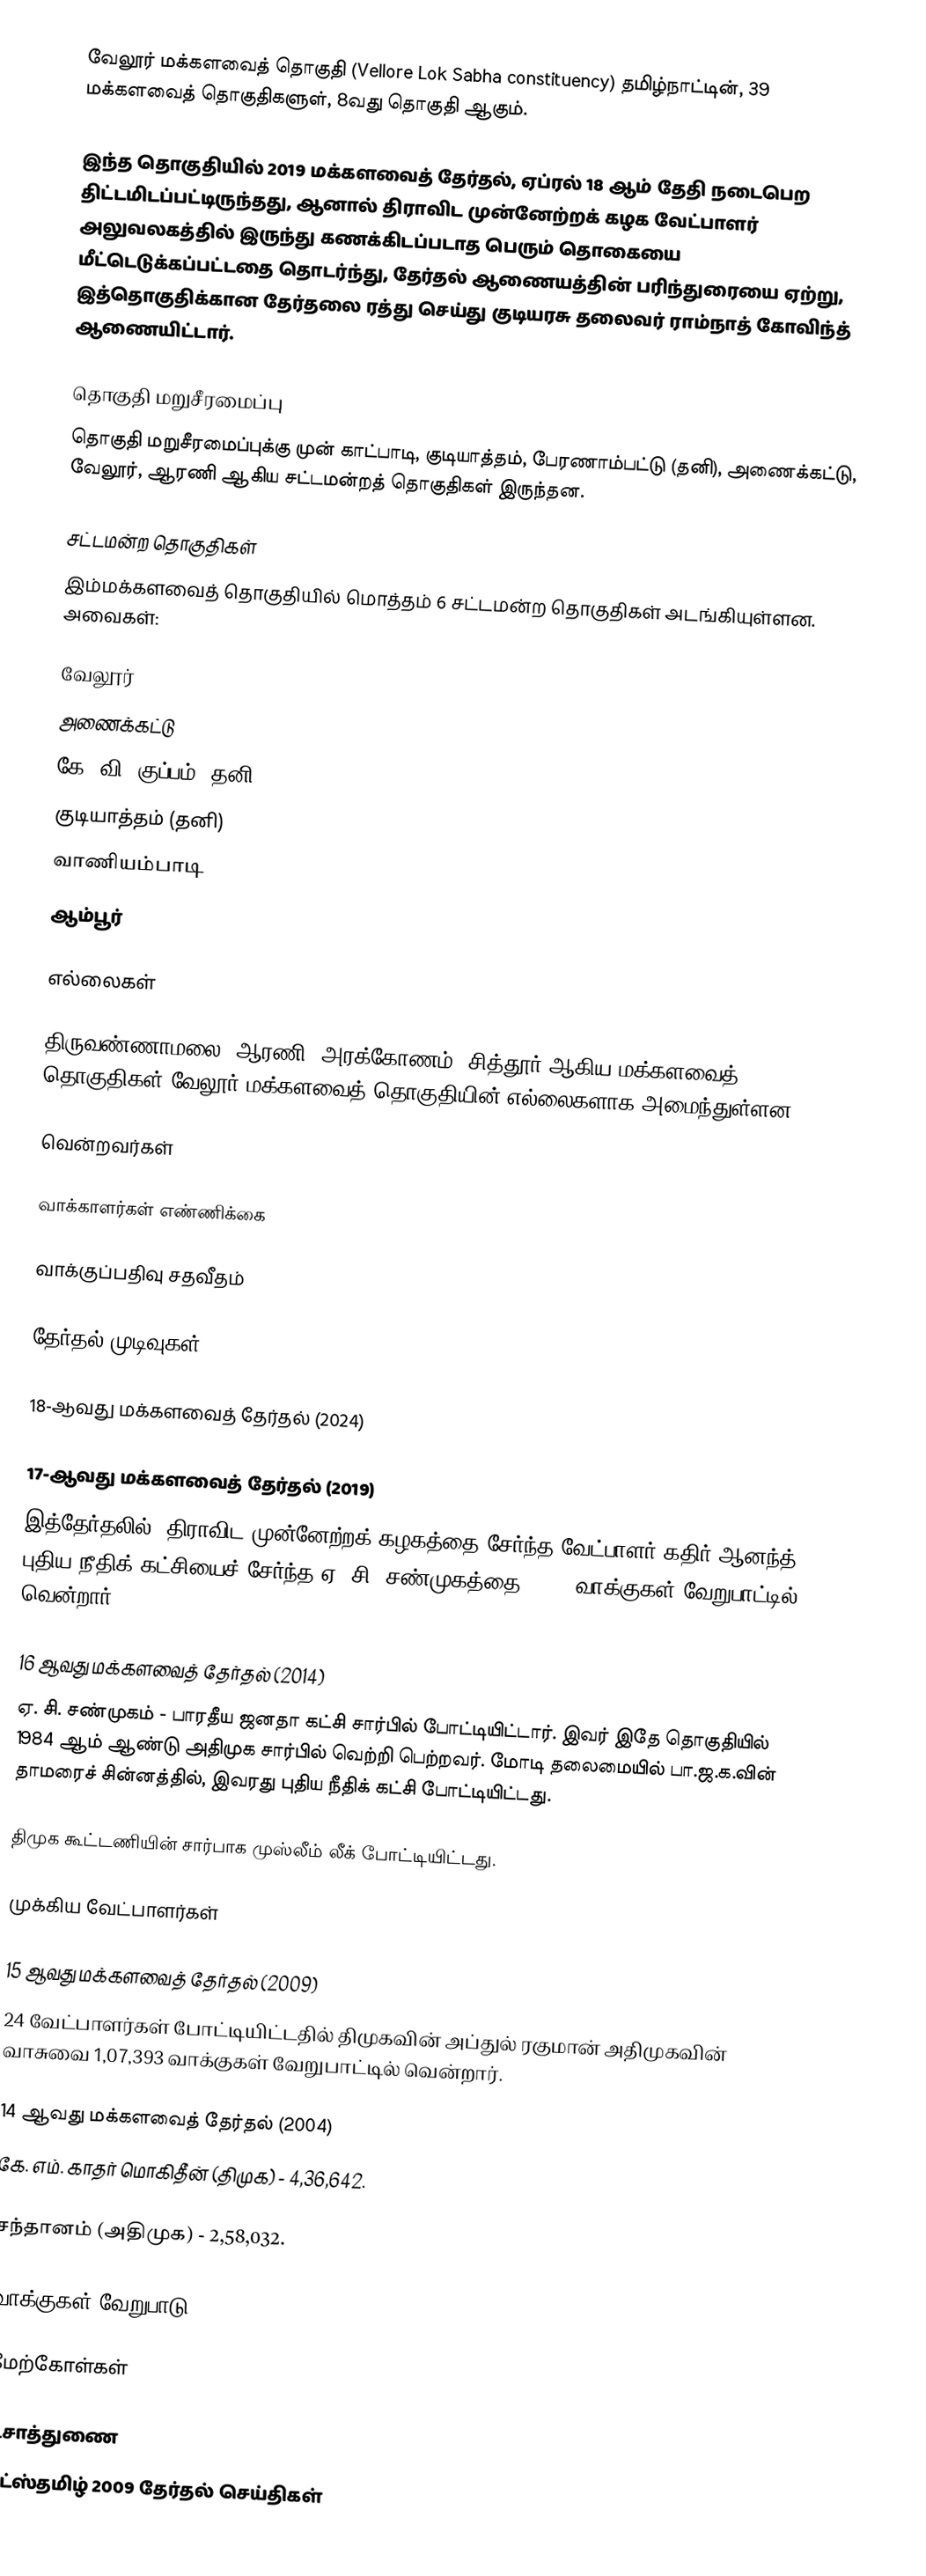
வேலூர் மக்களவைத் தொகுதி (Vellore Lok Sabha constituency) தமிழ்நாட்டின், 39 மக்களவைத் தொகுதிகளுள், 8வது தொகுதி ஆகும்.

இந்த தொகுதியில் 2019 மக்களவைத் தேர்தல், ஏப்ரல் 18 ஆம் தேதி நடைபெற திட்டமிடப்பட்டிருந்தது, ஆனால் திராவிட முன்னேற்றக் கழக வேட்பாளர் அலுவலகத்தில் இருந்து கணக்கிடப்படாத பெரும் தொகையை மீட்டெடுக்கப்பட்டதை தொடர்ந்து, தேர்தல் ஆணையத்தின் பரிந்துரையை ஏற்று, இத்தொகுதிக்கான தேர்தலை ரத்து செய்து குடியரசு தலைவர் ராம்நாத் கோவிந்த் ஆணையிட்டார்.

தொகுதி மறுசீரமைப்பு
தொகுதி மறுசீரமைப்புக்கு முன் காட்பாடி, குடியாத்தம், பேரணாம்பட்டு (தனி), அணைக்கட்டு, வேலூர், ஆரணி ஆகிய சட்டமன்றத் தொகுதிகள் இருந்தன.

சட்டமன்ற தொகுதிகள்
இம்மக்களவைத் தொகுதியில் மொத்தம் 6 சட்டமன்ற தொகுதிகள் அடங்கியுள்ளன. அவைகள்:

 வேலூர்
 அணைக்கட்டு
 கே. வி. குப்பம் (தனி)
 குடியாத்தம் (தனி)
 வாணியம்பாடி
 ஆம்பூர்

எல்லைகள்

திருவண்ணாமலை, ஆரணி, அரக்கோணம், சித்தூர் ஆகிய மக்களவைத் தொகுதிகள் வேலூர் மக்களவைத் தொகுதியின் எல்லைகளாக அமைந்துள்ளன.

வென்றவர்கள்

வாக்காளர்கள் எண்ணிக்கை

வாக்குப்பதிவு சதவீதம்

தேர்தல் முடிவுகள்

18-ஆவது மக்களவைத் தேர்தல் (2024)

17-ஆவது மக்களவைத் தேர்தல் (2019)
இத்தேர்தலில், திராவிட முன்னேற்றக் கழகத்தை சேர்ந்த வேட்பாளர் கதிர் ஆனந்த், புதிய நீதிக் கட்சியைச் சேர்ந்த ஏ. சி. சண்முகத்தை 8,141 வாக்குகள் வேறுபாட்டில் வென்றார்.

16 ஆவது மக்களவைத் தேர்தல் (2014)
ஏ. சி. சண்முகம் - பாரதீய ஜனதா கட்சி சார்பில் போட்டியிட்டார். இவர் இதே தொகுதியில் 1984 ஆம் ஆண்டு அதிமுக சார்பில் வெற்றி பெற்றவர். மோடி தலைமையில் பா.ஜ.க.வின் தாமரைச் சின்னத்தில், இவரது புதிய நீதிக் கட்சி போட்டியிட்டது.

திமுக கூட்டணியின் சார்பாக முஸ்லீம் லீக் போட்டியிட்டது.

முக்கிய வேட்பாளர்கள்

15 ஆவது மக்களவைத் தேர்தல் (2009)
24 வேட்பாளர்கள் போட்டியிட்டதில் திமுகவின் அப்துல் ரகுமான் அதிமுகவின் வாசுவை 1,07,393 வாக்குகள் வேறுபாட்டில் வென்றார்.

14 ஆவது மக்களவைத் தேர்தல் (2004)
கே. எம். காதர் மொகிதீன் (திமுக) - 4,36,642.

சந்தானம் (அதிமுக) - 2,58,032.

வாக்குகள் வேறுபாடு - 1,78,610

மேற்கோள்கள்

உசாத்துணை
 தட்ஸ்தமிழ் 2009 தேர்தல் செய்திகள்